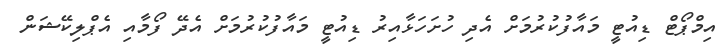
އިމްޕޯޓް ޑިއުޓީ މައާފުކުރުމަށް އެދި ހުށަހަޅާއިރު ޑިއުޓީ މައާފުކުރުމަށް އެދޭ ފޯމާއި އެޕްލިކޭޝަން